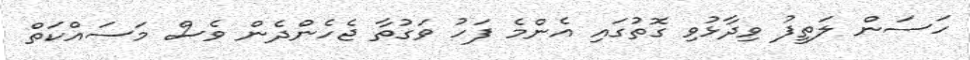
ހަސަން ލަތީފު ވިދާޅުވި ގޮތުގައި އެންމެ ފަހު ވަގުތާ ޖެހެންދެން ވެސް މަސައްކަތް